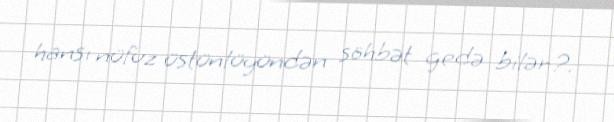
hansı nüfuz üstünlüyündən söhbət gedə bilər?.